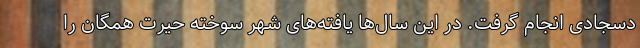
دسجادی انجام گرفت. در این سال‌ها یافته‌های شهر سوخته حیرت همگان را